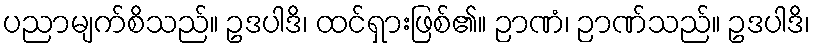
ပညာမျက်စိသည်။ ဥဒပါဒိ၊ ထင်ရှားဖြစ်၏။ ဉာဏံ၊ ဉာဏ်သည်။ ဥဒပါဒိ၊